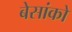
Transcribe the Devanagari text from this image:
बेसांको